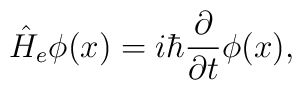
\hat{H}_e\phi(x)=i\hbar\frac{\partial}{\partial t}\phi(x),